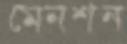
মেনশন